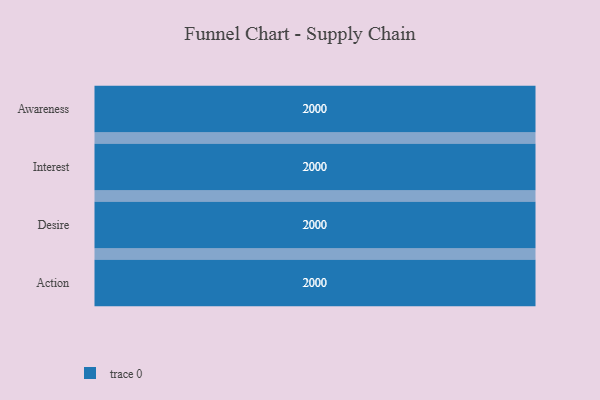
{"axis": {"x": "Stage", "y": "Value"}, "legend": [""], "data": [{"x": "Awareness", "y": 2000, "type": ""}, {"x": "Interest", "y": 2000, "type": ""}, {"x": "Desire", "y": 2000, "type": ""}, {"x": "Action", "y": 2000, "type": ""}]}